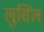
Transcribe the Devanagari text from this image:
लुसिल